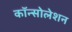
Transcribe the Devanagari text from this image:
कॉन्सोलेशन